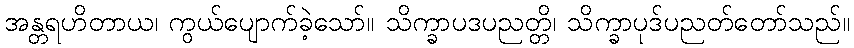
အန္တရဟိတာယ၊ ကွယ်ပျောက်ခဲ့သော်။ သိက္ခာပဒပညတ္တိ၊ သိက္ခာပုဒ်ပညတ်တော်သည်။